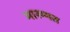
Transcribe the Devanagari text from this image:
मारम्मत